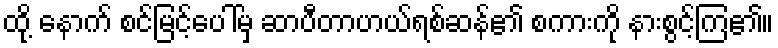
ထို့ နောက် စင်မြင့်ပေါ်မှ ဆာပီတာဟယ်ရစ်ဆန်၏ စကားကို နားစွင့်ကြ၏။